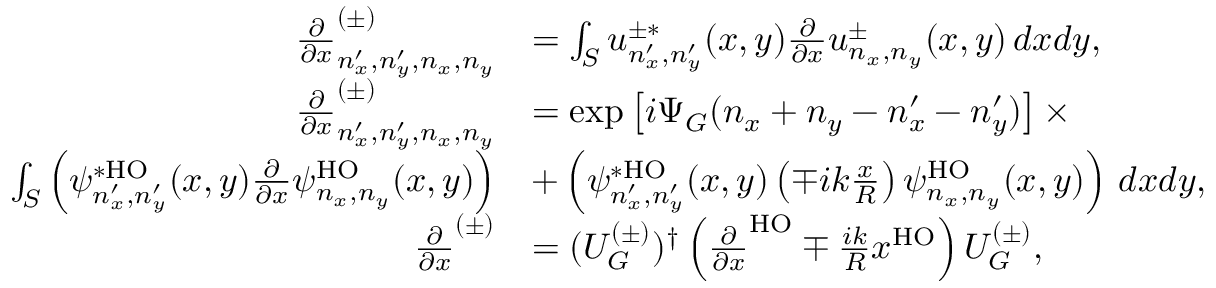
\begin{array} { r l } { \frac { \partial } { \partial x } _ { n _ { x } ^ { \prime } , n _ { y } ^ { \prime } , n _ { x } , n _ { y } } ^ { ( \pm ) } } & { = \int _ { S } u _ { n _ { x } ^ { \prime } , n _ { y } ^ { \prime } } ^ { \pm * } ( x , y ) \frac { \partial } { \partial x } u _ { n _ { x } , n _ { y } } ^ { \pm } ( x , y ) \, d x d y , } \\ { \frac { \partial } { \partial x } _ { n _ { x } ^ { \prime } , n _ { y } ^ { \prime } , n _ { x } , n _ { y } } ^ { ( \pm ) } } & { = \exp \left[ i \Psi _ { G } ( n _ { x } + n _ { y } - n _ { x } ^ { \prime } - n _ { y } ^ { \prime } ) \right] \times } \\ { \int _ { S } \left( \psi _ { n _ { x } ^ { \prime } , n _ { y } ^ { \prime } } ^ { * \mathrm { H O } } ( x , y ) \frac { \partial } { \partial x } \psi _ { n _ { x } , n _ { y } } ^ { \mathrm { H O } } ( x , y ) \right) } & { + \left( \psi _ { n _ { x } ^ { \prime } , n _ { y } ^ { \prime } } ^ { * \mathrm { H O } } ( x , y ) \left( \mp i k \frac { x } { R } \right) \psi _ { n _ { x } , n _ { y } } ^ { \mathrm { H O } } ( x , y ) \right) \, d x d y , } \\ { \frac { \partial } { \partial x } ^ { ( \pm ) } } & { = ( U _ { G } ^ { ( \pm ) } ) ^ { \dag } \left( \frac { \partial } { \partial x } ^ { \mathrm { H O } } \mp \frac { i k } { R } x ^ { \mathrm { H O } } \right) U _ { G } ^ { ( \pm ) } , } \end{array}